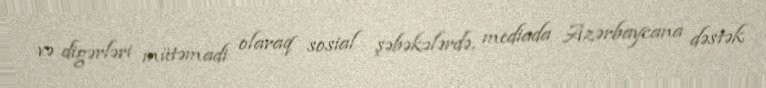
və digərləri mütəmadi olaraq sosial şəbəkələrdə, mediada Azərbaycana dəstək